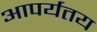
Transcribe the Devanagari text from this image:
आपर्यतय